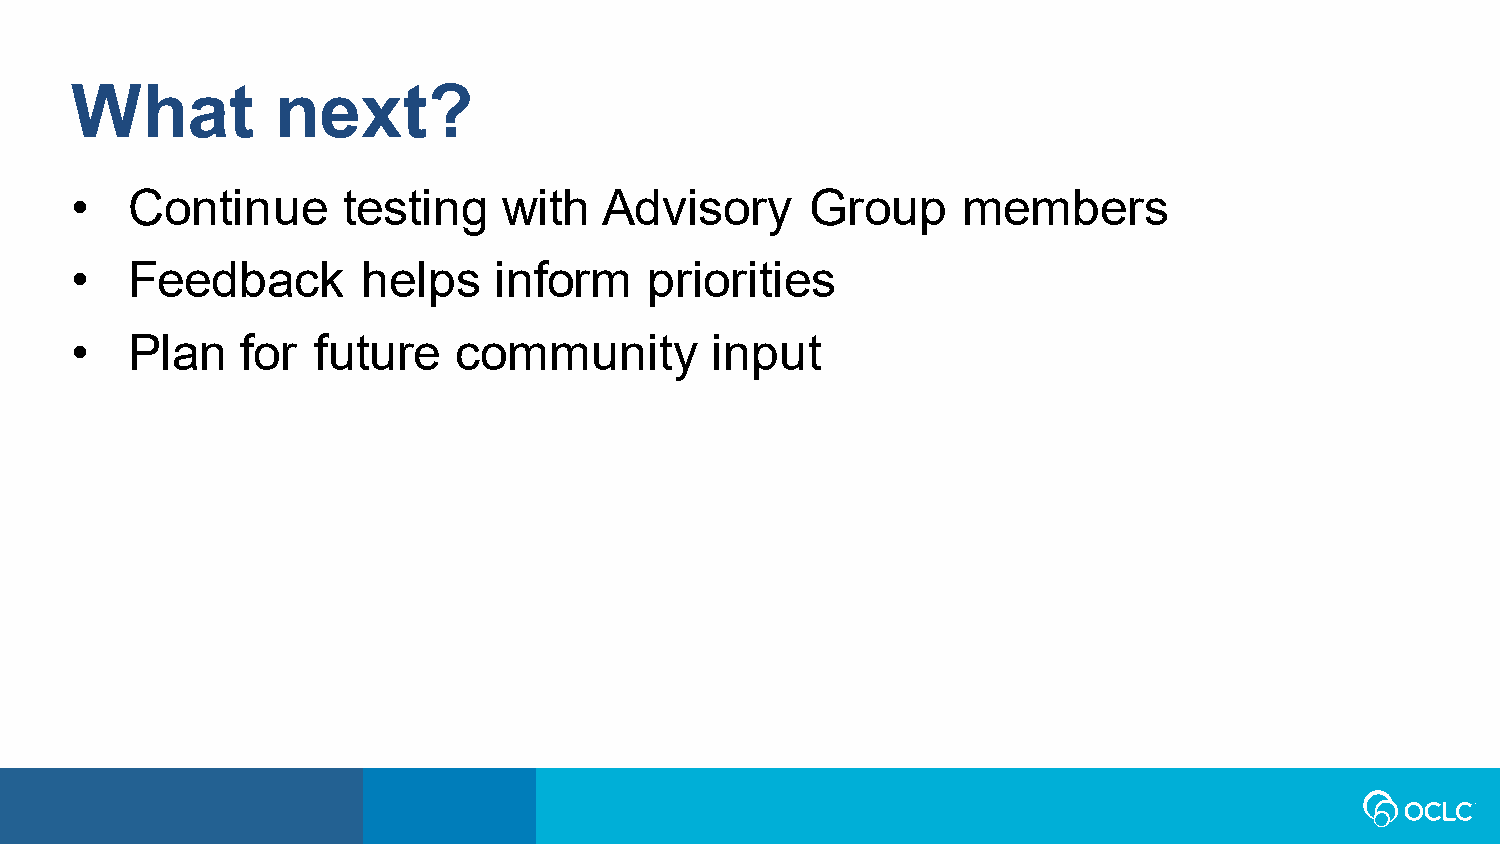
What         next?
 •  Continue       testing   with   Advisory      Group     members
 •  Feedback        helps    inform    priorities
 •  Plan    for  future   community        input